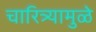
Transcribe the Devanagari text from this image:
चारित्र्यामुळे